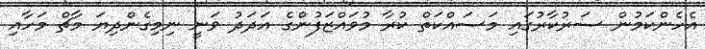
އެހެންކަމުން ސަރުކާރުގައި މަސައްކަތް ކުރާ މުވައްޒަފުންގެ އަދަދު ވަނީ ނިމިގެންދިޔަ މާޗް މަހާއި